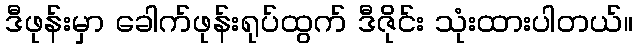
ဒီဖုန်းမှာ ခေါက်ဖုန်းရုပ်ထွက် ဒီဇိုင်း သုံးထားပါတယ်။